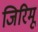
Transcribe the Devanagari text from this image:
जिरिमू